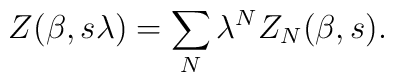
Z(\beta ,s \lambda )=\sum _N\lambda ^NZ_N(\beta ,s).